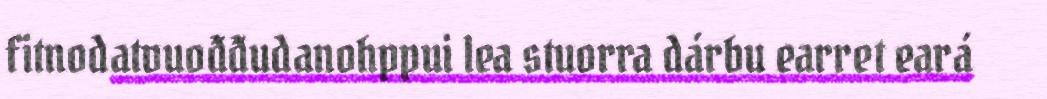
fitnodatvuođđudanohppui lea stuorra dárbu earret eará